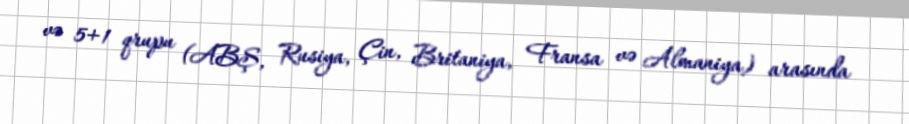
və 5+1 qrupu (ABŞ, Rusiya, Çin, Britaniya, Fransa və Almaniya) arasında